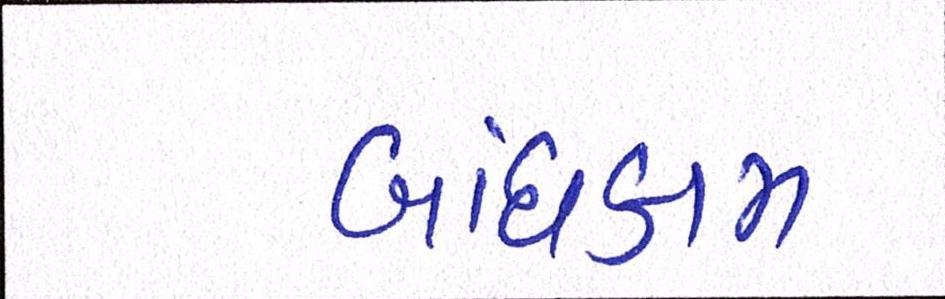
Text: બાંધકામ